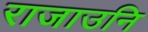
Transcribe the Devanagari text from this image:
राजाउनि